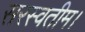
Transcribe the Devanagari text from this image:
सरस्वतीम।